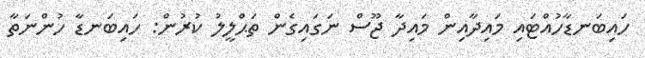
ހައިބަނޑާހުއްޓައި މައިދާއިން މައިދާ ޖޫސް ނަގައިގެން ތަޙްލީލު ކުރުން: ހައިބަނޑާ ހުންނަތާ